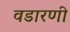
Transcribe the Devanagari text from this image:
वडारणी